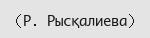
(Р. Рысқалиева)